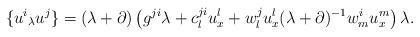
LaTeX: \begin{align*} \{u^i{}_{\lambda} u^j\}=(\lambda+\partial)\left(g^{ji}\lambda+c^{ji}_lu^l_x+w^j_lu^l_x(\lambda+\partial)^{-1}w^i_mu^m_x\right)\lambda.\end{align*}